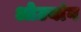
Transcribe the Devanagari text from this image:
ओउयांग